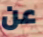
عن